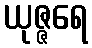
ယုဇ္ဇရေ